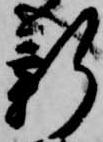
新